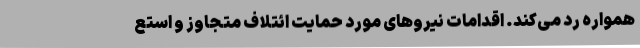
همواره رد می‌کند. اقدامات نیروهای مورد حمایت ائتلاف متجاوز و استع